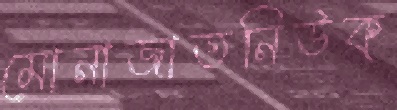
মোনাজাতনিউক্